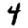
Digit: 4